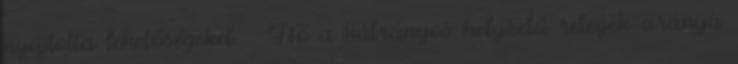
nyújtotta lehetőségeket.  Nő a hátrányos helyzetű rétegek aránya